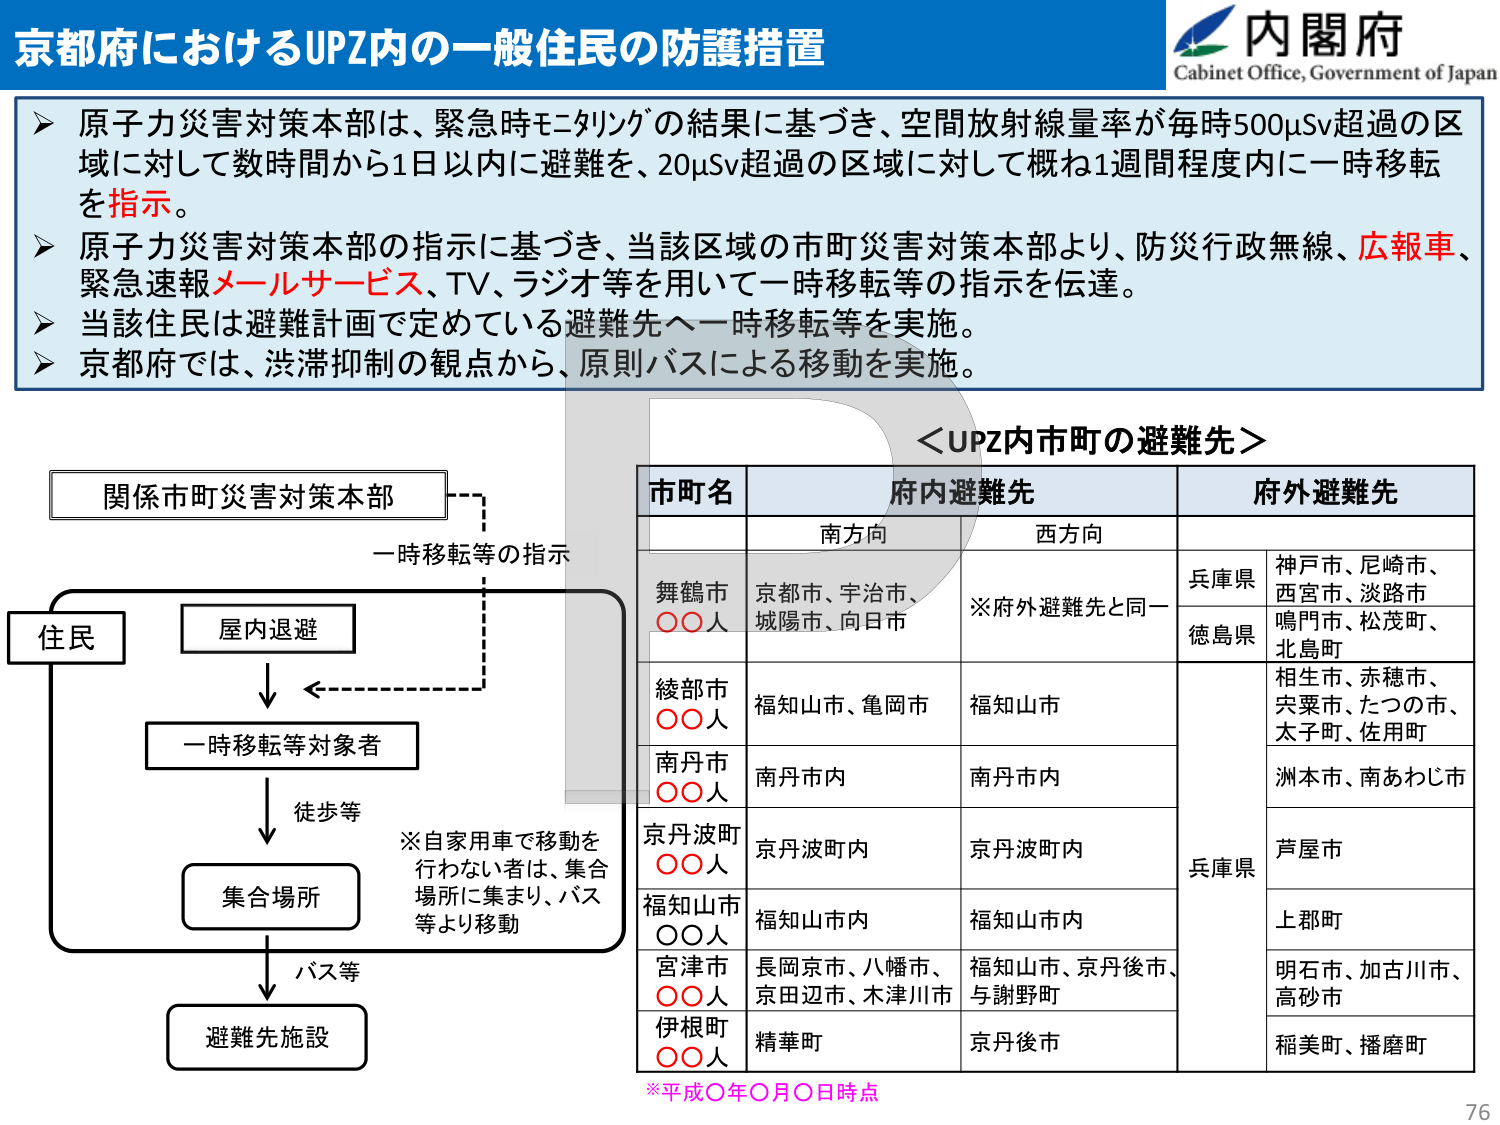
京都府におけるUPZ内の一一般住民の防護措置

内閣府
Cabinet Office, Government of Japan

▶ 原子力災害対策本部は、緊急時モニタリングの結果に基づき、空間放射線量率が毎時500μSv超過の区域に対して数時間から1日以内に避難を、20μSv超過の区域に対して概ね1週間程度内に一時移転を指示。

▶ 原子力災害対策本部の指示に基づき、当該区域の市町災害対策本部より、防災行政無線、広報車、緊急速報メールサービス、TV、ラジオ等を用いて一時移転等の指示を伝達。

▶ 当該住民は避難計画で定めている避難先へ一時移転等を実施。

▶ 京都府では、渋滞抑制の観点から、原則バスによる移動を実施。

＜UPZ内市町の避難先＞

市町名　　　　　　　府内避難先　　　　　　　府外避難先
　　　　　　　　　　南方向　　　　　　　　西方向

舞鶴市　　　　　　京都市、宇治市、　　　　※府外避難先と同一　　　兵庫県　神戸市、尼崎市、
○○人　　　　　　城陽市、向日市　　　　　　　　　　　　　　　　　　西宮市、淡路市
　　　　　　　　　　　　　　　　　　　　　　　　　　　　　　　　徳島県　鳴門市、松茂町、
　　　　　　　　　　　　　　　　　　　　　　　　　　　　　　　　　　北島町

綾部市　　　　　　福知山市、亀岡市　　　　福知山市　　　　　　　　相生市、赤穂市、
○○人　　　　　　　　　　　　　　　　　　　　　　　　　　　　　　宍粟市、たつの市、
　　　　　　　　　　　　　　　　　　　　　　　　　　　　　　　　太子町、佐用町

南丹市　　　　　　南丹市内　　　　　　　　南丹市内　　　　　　　　洲本市、南あわじ市
○○人

京丹波町　　　　　京丹波町内　　　　　　京丹波町内　　　　　　　　兵庫県　芦屋市
○○人

福知山市　　　　　福知山市内　　　　　　福知山市内　　　　　　　　上郡町
○○人

宮津市　　　　　　長岡京市、八幡市、　　　福知山市、京丹後市、　　明石市、加古川市、
○○人　　　　　　京田辺市、木津川市　　　与謝野町　　　　　　　　高砂市

伊根町　　　　　　精華町　　　　　　　　京丹後市　　　　　　　　稲美町、播磨町
○○人

※平成○年○月○日時点

関係市町災害対策本部